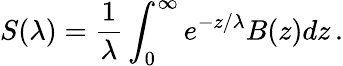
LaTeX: S(\lambda)={\frac{1}{\lambda}}\int_{0}^{\infty}e^{-z/\lambda}B(z)dz\, .